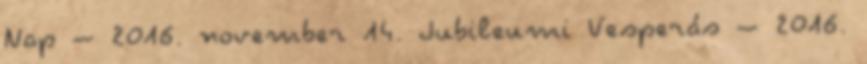
Nap – 2016. november 14. Jubileumi Vesperás – 2016.